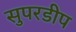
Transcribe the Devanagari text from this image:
सुपरडीप